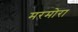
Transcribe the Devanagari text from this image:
मरमोरा